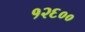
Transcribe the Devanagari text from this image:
१२६००